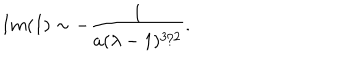
I m ( I ) \sim - { \frac { 1 } { a ( \lambda - 1 ) ^ { 3 / 2 } } } .